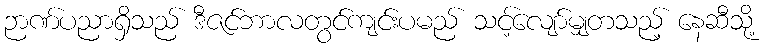
ဉာဏ်ပညာရှိသည် ဒီဇင်ဘာလတွင်ကျင်းပမည် သင့်လျော်မျှတသည့် နေဆီသို့